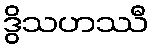
ဒွိသဟဿီ